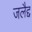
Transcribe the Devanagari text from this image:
जलैद्द